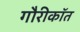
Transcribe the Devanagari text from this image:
गौरीकॉत